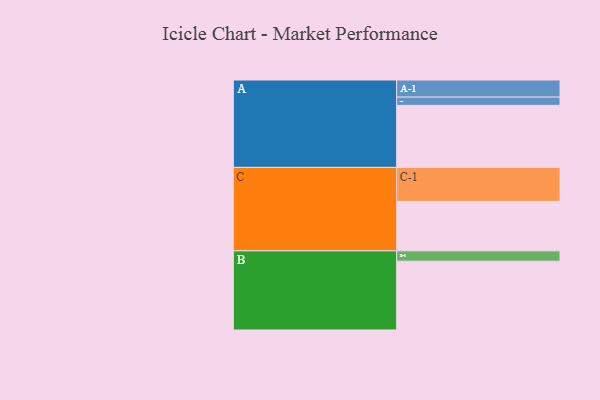
{"axis": {"x": "Segment", "y": "Value"}, "legend": ["", "A", "B", "C"], "data": [{"x": "A", "y": 504, "type": ""}, {"x": "B", "y": 559, "type": ""}, {"x": "C", "y": 402, "type": ""}, {"x": "A-1", "y": 139, "type": "A"}, {"x": "A-2", "y": 67, "type": "A"}, {"x": "B-1", "y": 84, "type": "B"}, {"x": "C-1", "y": 276, "type": "C"}]}